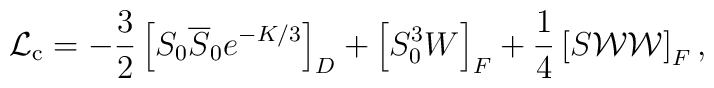
{\cal L}_{\rm c} = -{3\over2}\left[S_0\overline S_0 e^{-{K/ 3}}\right]_D+ \left[S_0^3W\right]_F+{1\over4}\left[S{\cal WW}\right]_F,